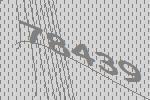
78439